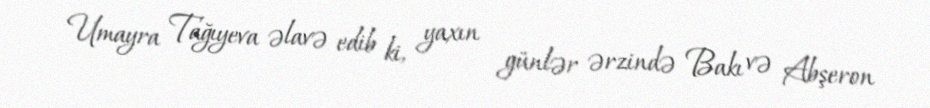
Umayra Tağıyeva əlavə edib ki, yaxın günlər ərzində Bakı və Abşeron